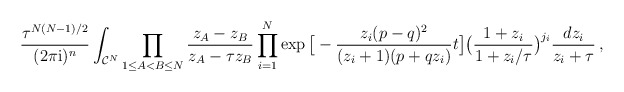
\begin{align*}\frac{\tau^{N(N-1)/2} }{(2\pi \mathrm{i})^n}\int_{\mathcal{C}^N}\prod_{1\leq A<B\leq N} \frac{z_A-z_B}{z_A-\tau z_B}\prod_{i=1}^{N} \exp\big[ -\frac{z_i(p-q)^2}{(z_i+1)(p+qz_i)}t \big]\big(\frac{1+z_i}{1+z_i/\tau}\big)^{j_i} \frac{dz_i}{z_i+\tau}\,,\end{align*}